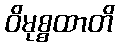
ဝိမုစ္စထာတိ